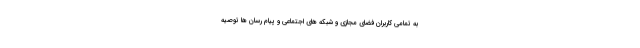
به تمامی کاربران فضای مجازی و شبکه های اجتماعی و پیام رسان ها توصیه